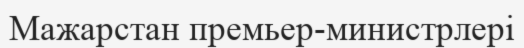
Мажарстан премьер-министрлері